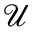
\mathcal { U }